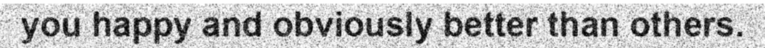
you happy and obviously better than others.